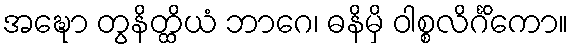
အဍ္ဎော တွနိတ္ထိယံ ဘာဂေ၊ ဓနိမှိ ဝါစ္စလိင်္ဂိကော။